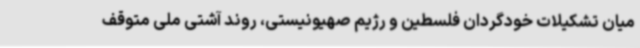
میان تشکیلات خودگردان فلسطین و رژیم صهیونیستی، روند آشتی ملی متوقف